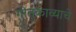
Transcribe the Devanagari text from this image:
गीतकाव्याचे